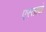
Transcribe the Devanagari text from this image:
एस्तादो